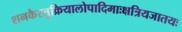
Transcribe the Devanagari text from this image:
शनकैस्तुक्रियालोपादिमाःक्षत्रियजातयः